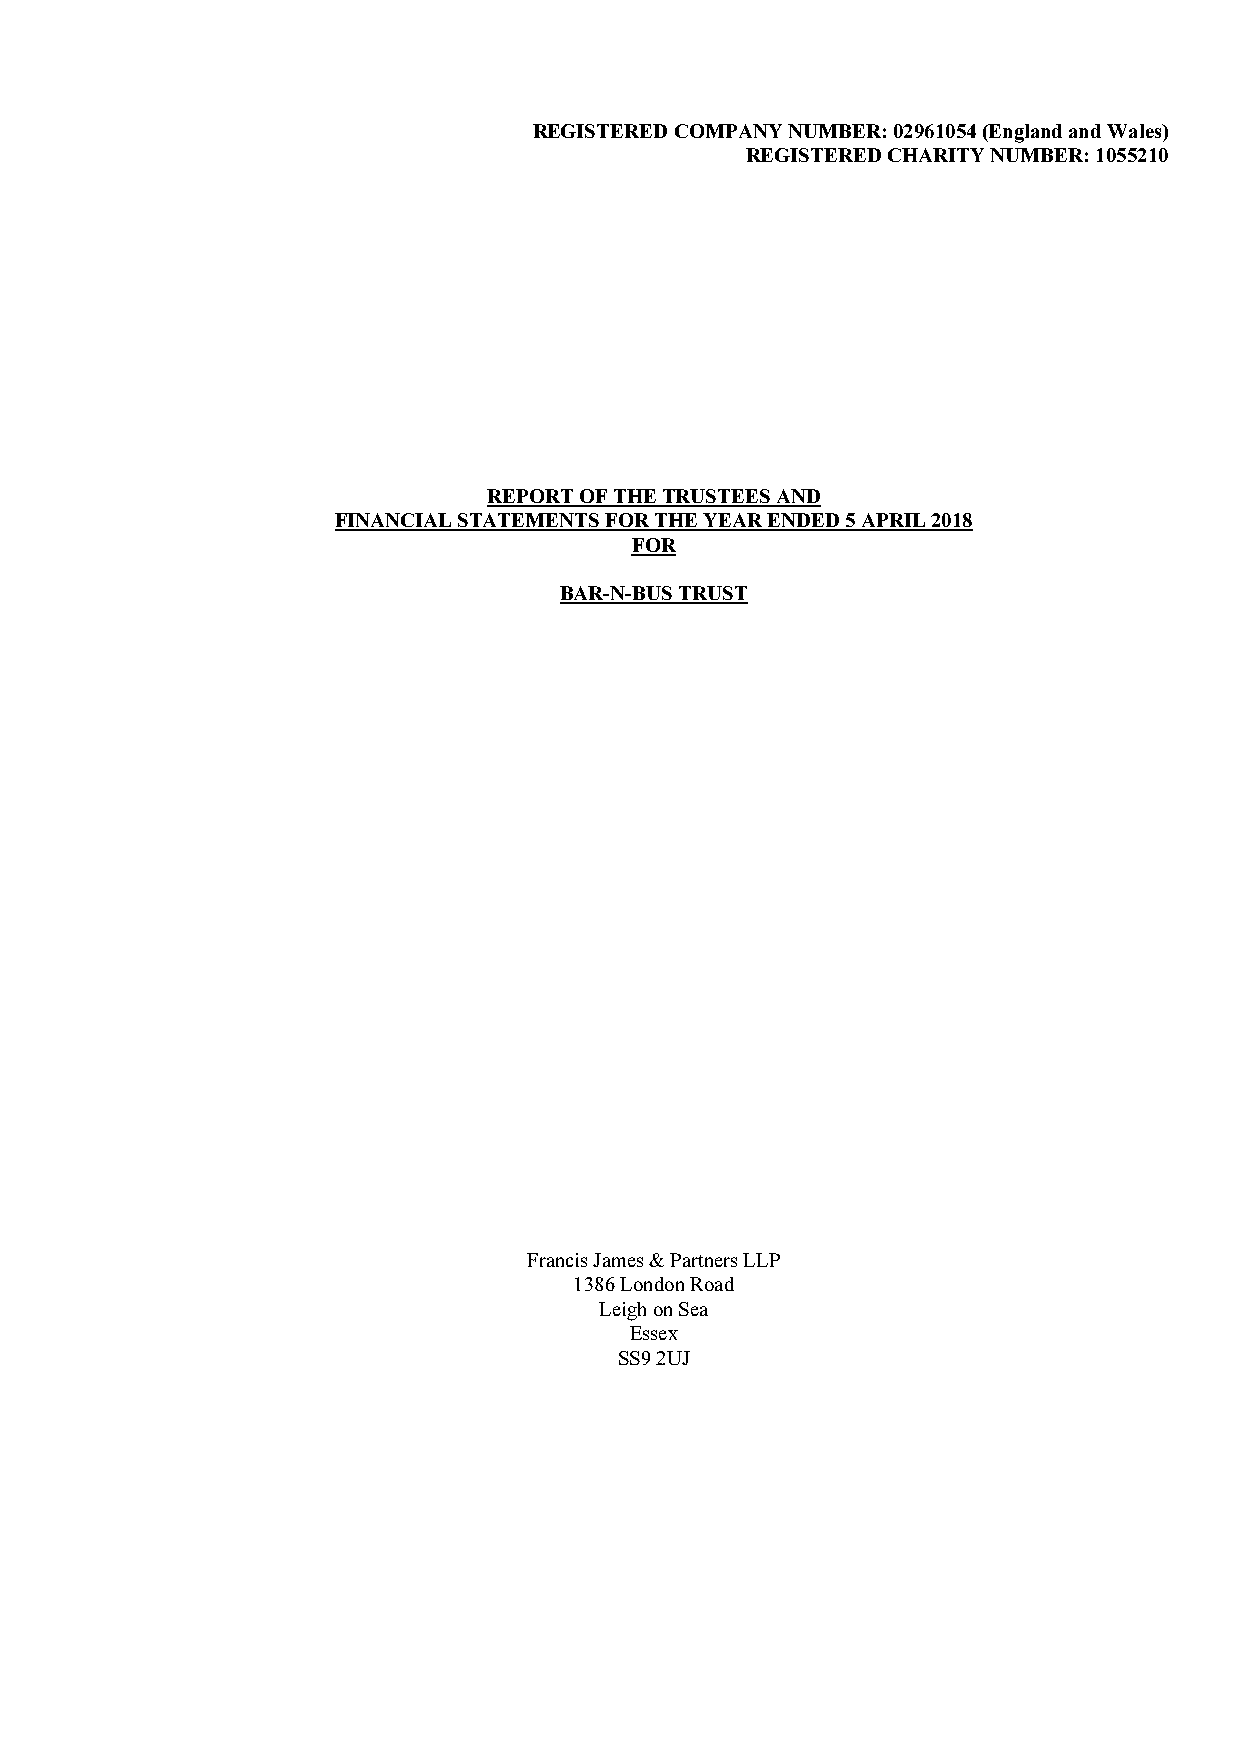
REGISTERED COMPANY NUMBER: 02961054 (England and Wales)
 REGISTERED CHARITY NUMBER: 1055210
 REPORT OF THE TRUSTEES AND
 FINANCIAL STATEMENTS FOR THE YEAR ENDED 5 APRIL 2018
 FOR
 BAR-N-BUS TRUST
 Francis James & Partners LLP
 1386 London Road
 Leigh on Sea
 Essex
 SS9 2UJ